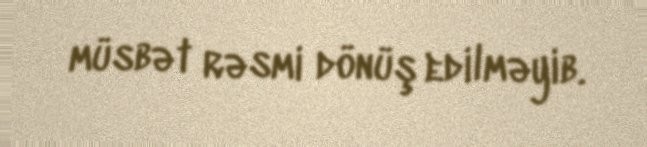
müsbət rəsmi dönüş edilməyib.